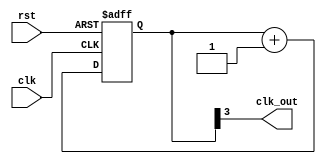
module johnson_counter_clock_divider (
    input wire clk,
    input wire rst,
    output reg clk_out
);

reg [3:0] count;

always @(posedge clk or posedge rst) begin
    if (rst) begin
        count <= 4'b0000;
    end else begin
        count <= count + 1;
    end
end

assign clk_out = count[3];

endmodule